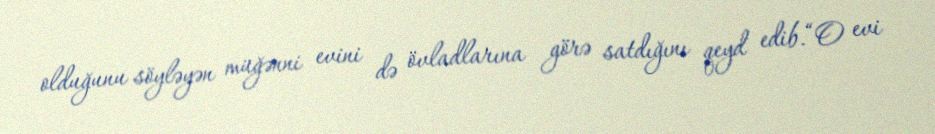
olduğunu söyləyən müğənni evini də övladlarına görə satdığını qeyd edib.“O evi